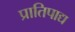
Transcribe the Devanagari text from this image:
प्रातिपाद्य